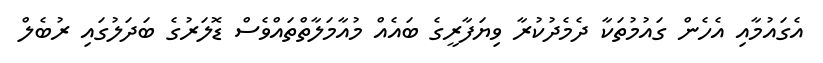
އެގައުމާއި އެހެން ގައުމުތަކާ ދެމެދުކުރާ ވިޔަފާރީގެ ބައެއް މުއާމަލާތްތައްވެސް ޑޮލަރުގެ ބަދަލުގައި ރުބެލް